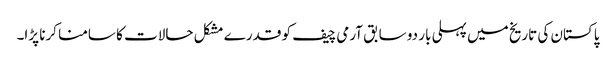
پاکستان کی تاریخ میں پہلی بار دو سابق آرمی چیف کو قدرے مشکل حالات کا سامنا کرنا پڑا۔